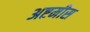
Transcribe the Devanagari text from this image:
अष्टमीस